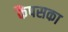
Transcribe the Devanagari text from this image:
कैंपसका